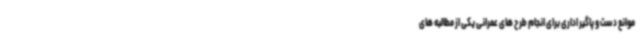
موانع دست و پاگیر اداری برای انجام طرح های عمرانی یکی از مطالبه های